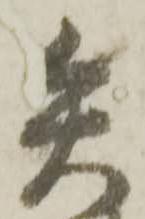
矢